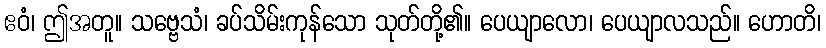
ဧဝံ၊ ဤအတူ။ သဗ္ဗေသံ၊ ခပ်သိမ်းကုန်သော သုတ်တို့၏။ ပေယျာလော၊ ပေယျာလသည်။ ဟောတိ၊